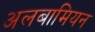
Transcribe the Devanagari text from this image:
अलबामियन